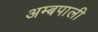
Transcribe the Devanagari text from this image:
अम्बपाली